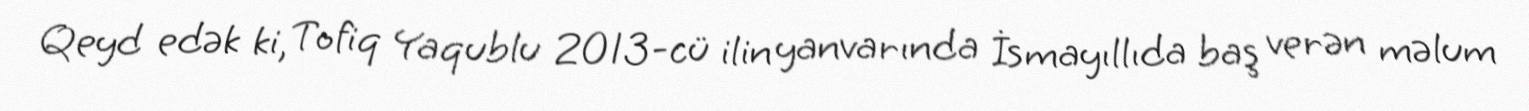
Qeyd edək ki, Tofiq Yaqublu 2013-cü ilin yanvarında İsmayıllıda baş verən məlum